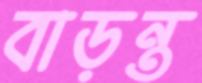
বাড়ন্ত